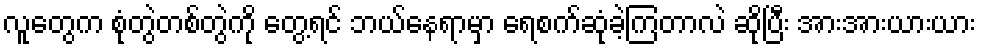
လူတွေက စုံတွဲတစ်တွဲကို တွေ့ရင် ဘယ်နေရာမှာ ရေစက်ဆုံခဲ့ကြတာလဲ ဆိုပြီး အားအားယားယား